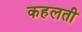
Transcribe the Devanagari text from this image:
कहलती